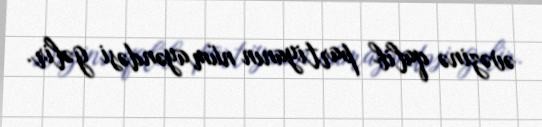
əvəzinə qalib partiyanın nümayəndəsi gəlir.